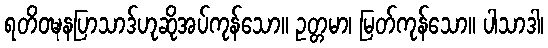
ရတိဝဍ္ဎနပြာသာဒ်ဟုဆိုအပ်ကုန်သော။ ဥတ္တမာ၊ မြတ်ကုန်သော။ ပါသာဒါ၊